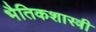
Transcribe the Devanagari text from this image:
भैतिकशास्त्री